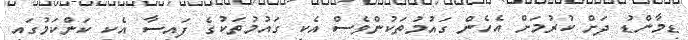
ޑިމާންޑު ދަށް ކުރުމަށް އެހެން ގައުމުތަކުންވެސް އެކި ގައުމުތަކުގެ ފައިސާ އެކި ކަންކަމުގައި